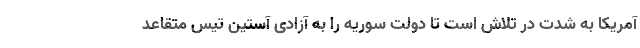
آمریکا به شدت در تلاش است تا دولت سوریه را به آزادی آستین تیس متقاعد